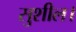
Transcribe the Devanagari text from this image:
सुशील।